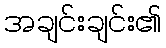
အချင်းချင်း၏